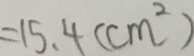
= 1 5 . 4 ( c m ^ { 2 } )